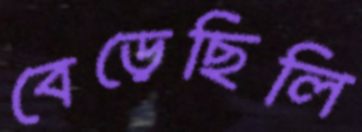
বেড়েছিলি